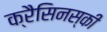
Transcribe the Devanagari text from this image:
क्रैसिनस्की